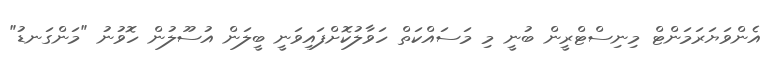
އެންވަޔަރަމަންޓް މިނިސްޓްރީން ބުނީ މި މަސައްކަތް ހަވާލުކޮށްފައިވަނީ ބީލަން އުސޫލުން ހޮވުނު "މަންގަނޑު"